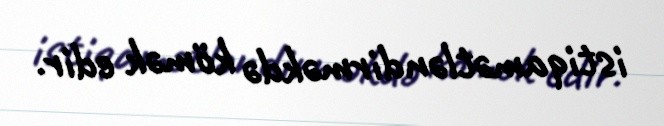
istiqamətləndirməkdə kömək edir.